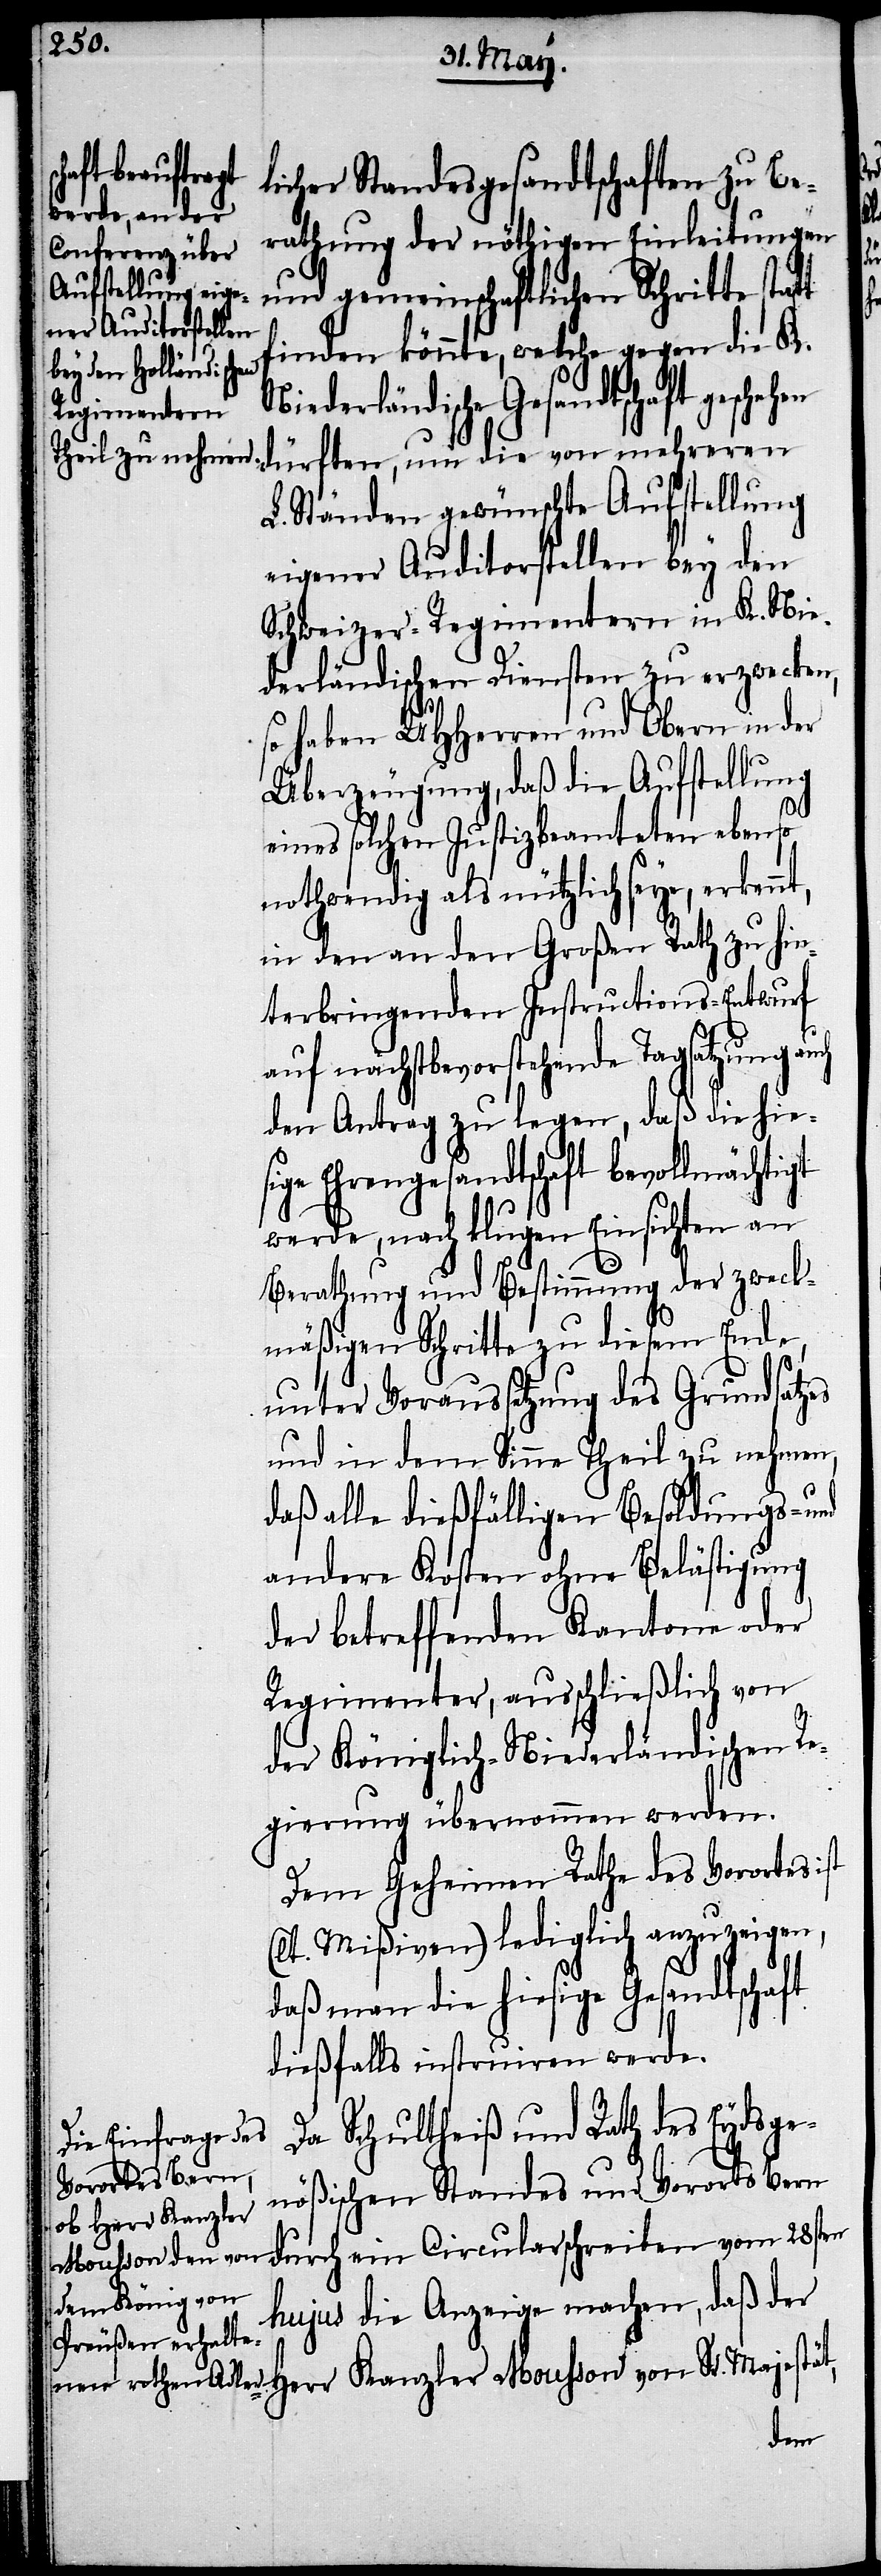
licher Standesgesandtschaften zu Be¬
rathung der nöthigen Einleitungen
und gemeinschaftlichen Schritte
finden könnte, welche gegen die K.
Niederländische Gesandtschaft
dürften, um die von mehrern
L. Ständen gewünschte Aufstellung
eigener Auditorstellen bey den
Schweizer-Regimentern in K. Nie¬
derländischen Diensten zu erzwecken,
so haben UHHerren und Obern in der
Überzeugung, daß die Aufstellung
eines solchen Justizbeamteten ebenso
nothwendig als nützlich seye,
in den an den Großen Rath zu hin¬
terbringenden Instructions-Entwurf
auf nächstbevorstehende Tagsatzung auch
den Antrag zu legen, daß die hie¬
sige Ehrengesandtschaft bevollmächtigt
werde, nach klugen Einsichten an
Berathung und Bestimmung der zweck¬
mäßigen Schritte zu diesem Ende,
unter Voraussetzung des Grundsatzes
und in dem Sinne Theil zu nehmen,
daß alle dießfälligen Kosten ohne
der betreffenden Kantone oder
Regimenter, ausschließlich von
der Königlich-Niederländischen Re¬
gierung übernommen werden.
Dem Geheimen Rathe des Vorortes ist
(lt. Mißiven) lediglich anzuzeigen,
daß man die hiesige Gesandtschaft
dießfalls instruiren werde.
Da Schultheiß und Rath des Eydsge¬
nößischen Standes und Vorortes Bern
Herr Kanzler
durch ein Circularschreiben vom 28sten
hujus die Anzeige machen, daß der